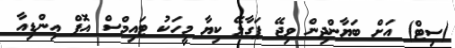
(ސިޓް) އަށް ބަޔާންދިން ވިޖޭ ޕަގާޅޭ ކިޔާ މީހަކު ޓައިމްސް އޮފް އިންޑިއާ